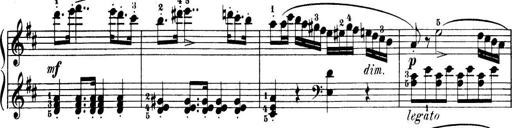
Title: 32 Sonatinas and Rondos for the Piano
Composer: Richard Kleinmichel